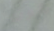
شون